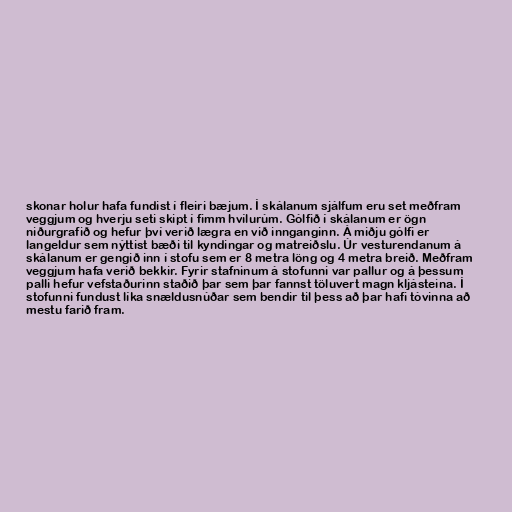
skonar holur hafa fundist í fleiri bæjum. Í skálanum sjálfum eru set meðfram
veggjum og hverju seti skipt í fimm hvílurúm. Gólfið í skálanum er ögn
niðurgrafið og hefur því verið lægra en við innganginn. Á miðju gólfi er
langeldur sem nýttist bæði til kyndingar og matreiðslu. Úr vesturendanum á
skálanum er gengið inn í stofu sem er 8 metra löng og 4 metra breið. Meðfram
veggjum hafa verið bekkir. Fyrir stafninum á stofunni var pallur og á þessum
palli hefur vefstaðurinn staðið þar sem þar fannst töluvert magn kljásteina. Í
stofunni fundust líka snældusnúðar sem bendir til þess að þar hafi tóvinna að
mestu farið fram.